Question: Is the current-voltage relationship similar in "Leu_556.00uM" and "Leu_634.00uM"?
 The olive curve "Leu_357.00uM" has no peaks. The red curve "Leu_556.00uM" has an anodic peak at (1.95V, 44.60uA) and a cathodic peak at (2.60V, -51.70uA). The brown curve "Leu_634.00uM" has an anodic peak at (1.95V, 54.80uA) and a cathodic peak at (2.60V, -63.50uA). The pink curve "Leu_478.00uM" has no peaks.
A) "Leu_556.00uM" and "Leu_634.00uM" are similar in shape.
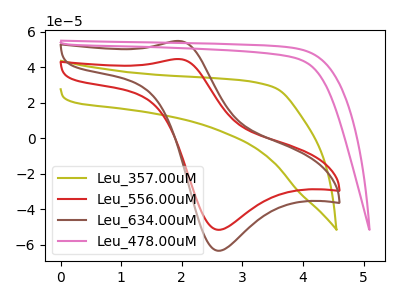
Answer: <think>All the peaks in "Leu_556.00uM" have a peak in "Leu_634.00uM" at the same potential. Every peak in "Leu_556.00uM" is lower than every peak in "Leu_634.00uM".
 </think>
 <answer>A) "Leu_556.00uM" and "Leu_634.00uM" are similar in shape.</answer>
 <eval>A</eval>